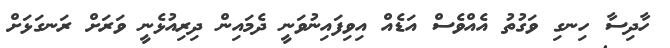
ހާދިސާ ހިނގި ވަގުތު އެއްވެސް އަޑެއް އިވިފައިނުވަނީ ދެމައިން ދިރިއުޅެނީ ވަރަށް ރަނގަޅަށް